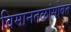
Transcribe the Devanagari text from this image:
विमानतळांसोबत